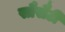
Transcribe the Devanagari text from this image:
सौसैटी